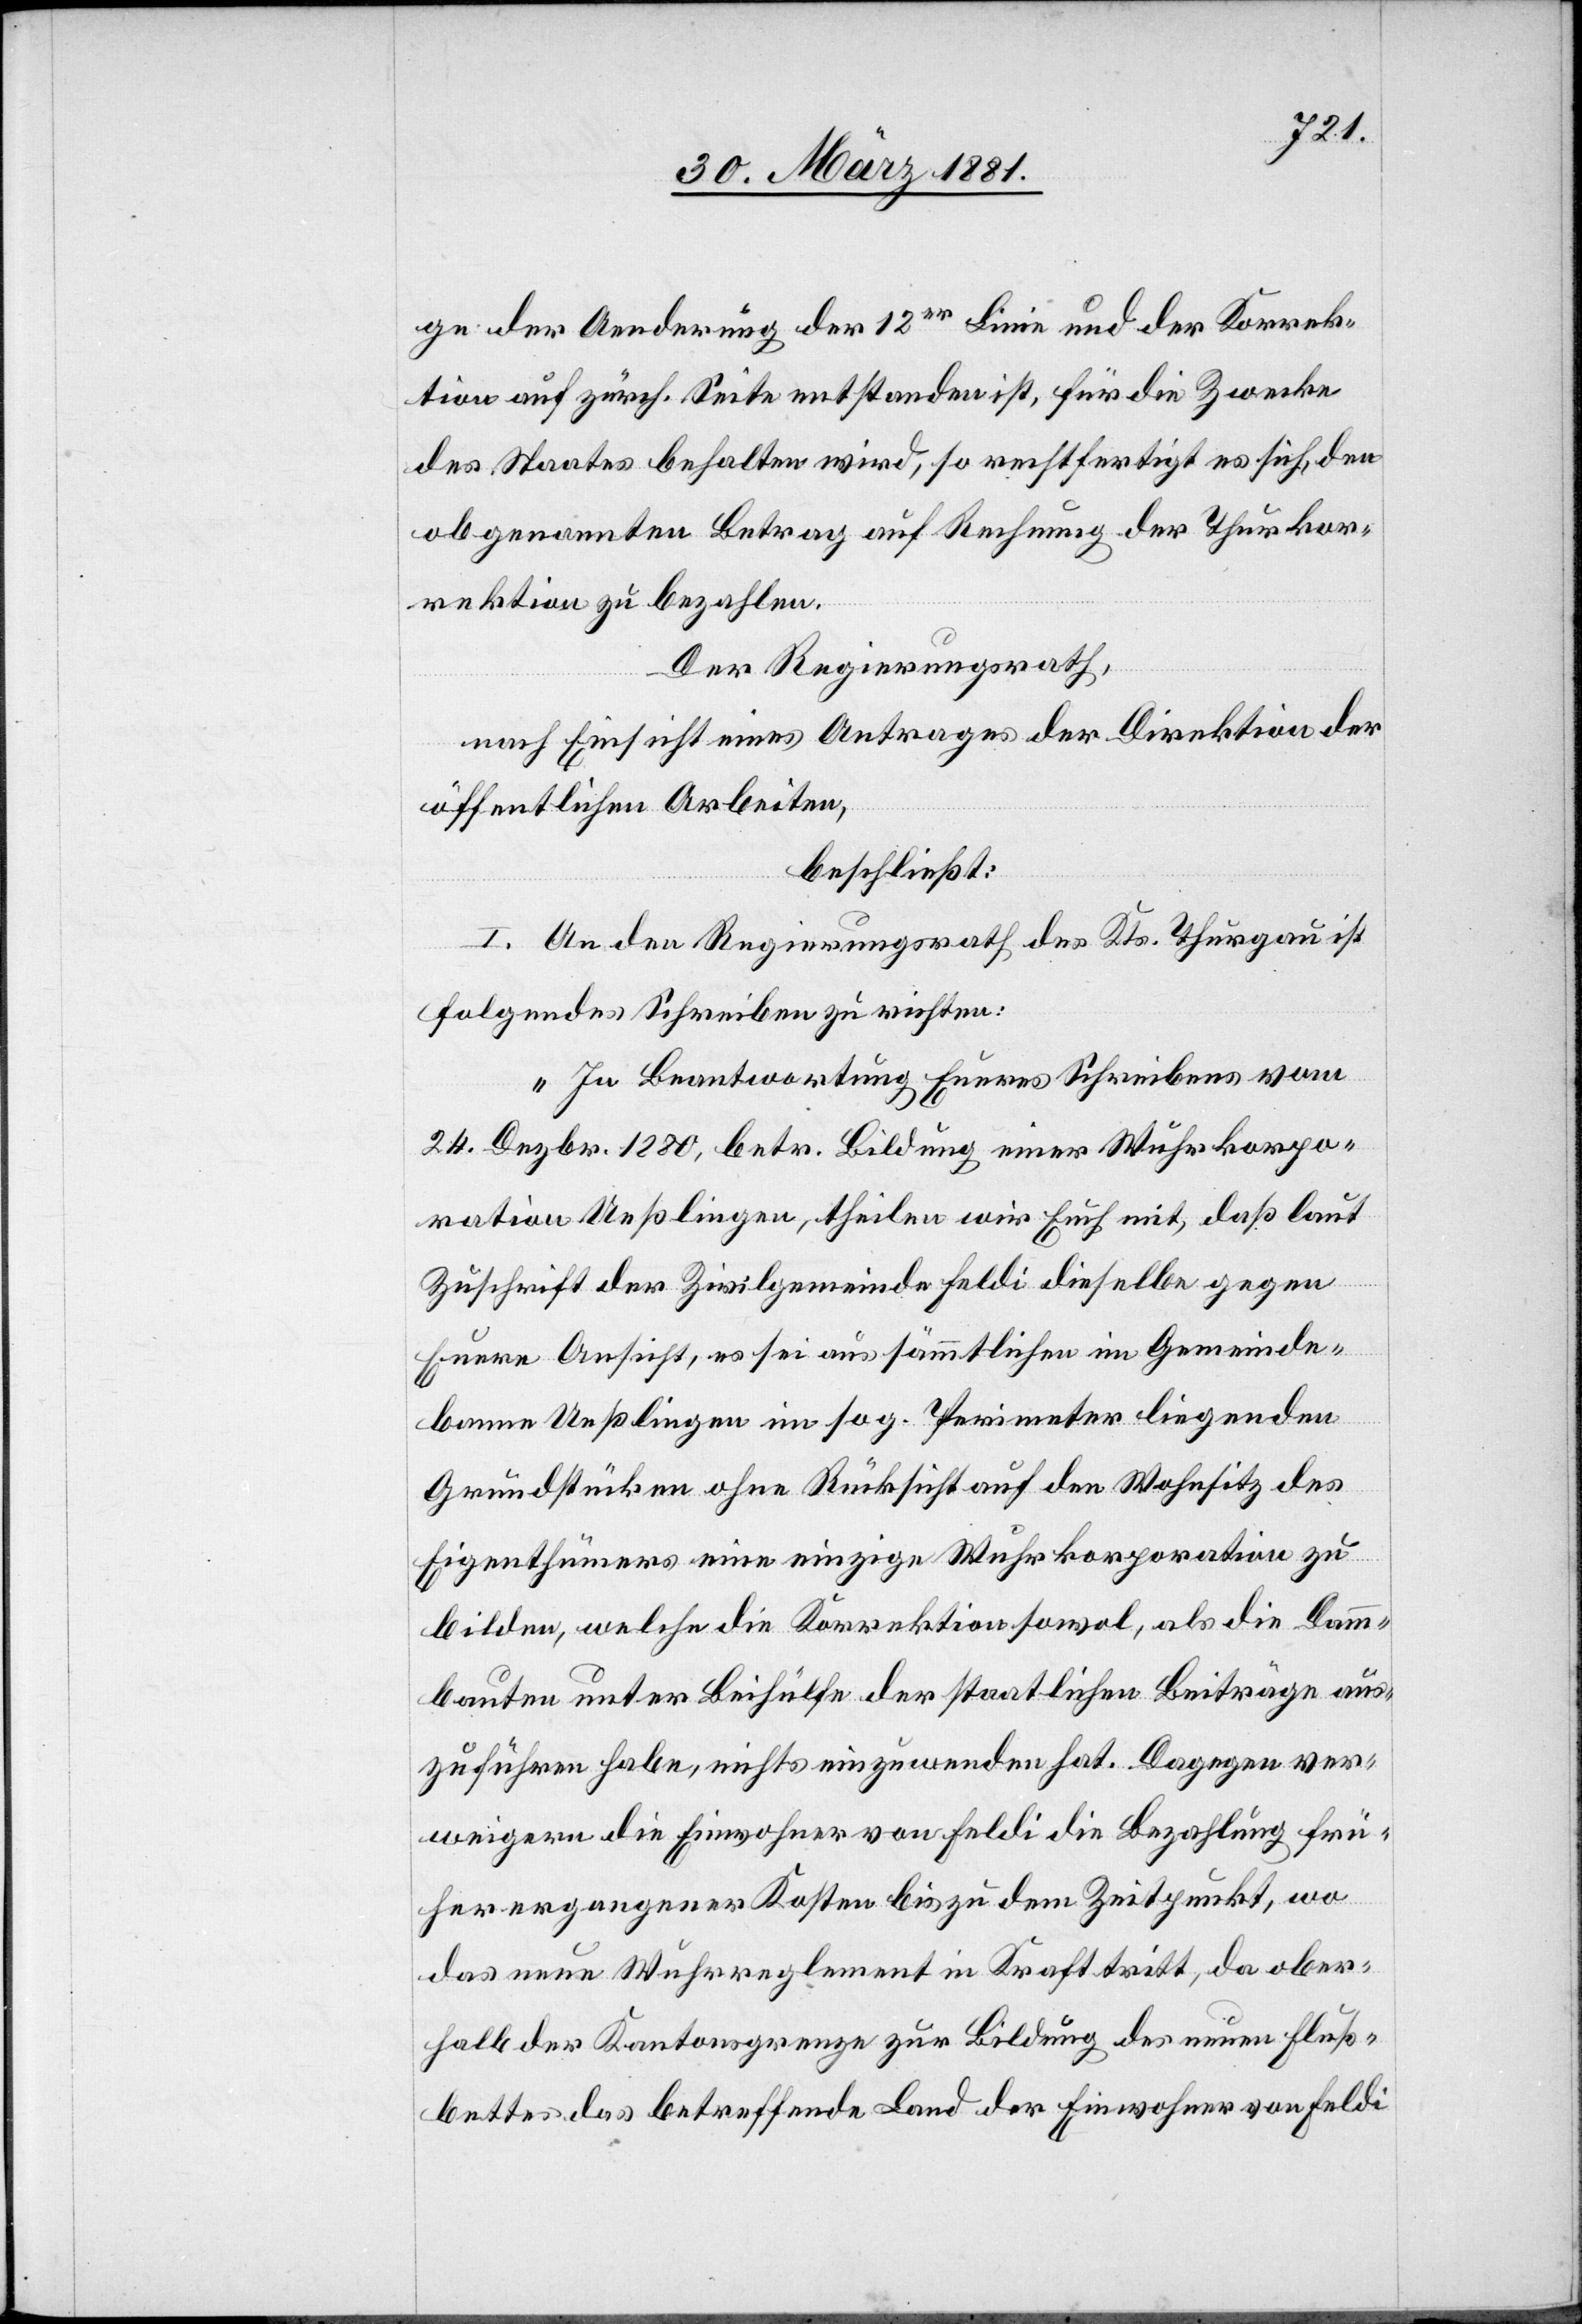
ge der Aenderung der 12er Linie und der Korrek¬
tion auf zürch. Seite entstanden ist, für die Zwecke
des Staates behalten wird, so rechtfertigt es sich, den
obgenannten Betrag auf Rechnung der Thurkor¬
rektion zu bezahlen.
Der Regierungsrath,
nach Einsicht eines Antrages der Direktion der
öffentlichen Arbeiten,
beschließt:
I. An den Regierungsrath des Kts. Thurgau ist
folgendes Schreiben zu richten:
„In Beantwortung Eueres Schreibens vom
24. Dezbr. 1880, betr. Bildung einer Wuhrkorpo¬
ration Ueßlingen, theilen wir Euch mit, daß laut
Zuschrift der Zivilgemeinde Feldi dieselbe gegen
Euere Ansicht, es sei aus sämmtlichen im Gemeinde¬
banne Ueßlingen im sog. Perimeter liegenden
Grundstücken ohne Rücksicht auf den Wohnsitz des
Eigenthümers eine einzige Wuhrkorporation zu
bilden, welche die Korrektion sowol, als die Damm¬
bauten unter Beihülfe der staatlichen Beiträge aus¬
zuführen habe, nichts einzuwenden hat. Dagegen ver¬
weigern die Einwohner von Feldi die Bezahlung frü¬
her ergangener Kosten bis zu dem Zeitpunkt, wo
das neue Wuhrreglement in Kraft tritt, da ober¬
halb der Kantonsgrenze zur Bildung des neuen Fluß¬
bettes das betreffende Land der Einwohner von Feldi